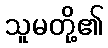
သူမတို့၏